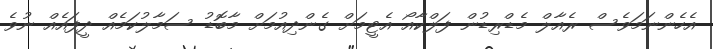
އެހެންނަމަވެސް ރެއާލް މެޑްރިޑުން ފަލްކާއޯ އެޓީމަށް ގެންދިއުމަށް މާބޮޑު ސަމާލުކަމެއް ދީފައެއް ނުވެ